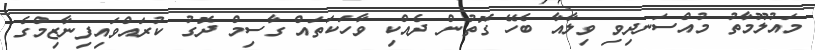
މައުލޫމާތު މުއްސަނދިވި ވިލާއާ ބެހޭ ގޮތުން ދެއްކި ވާހަކަތައް ގާސިމް ދޮގު ކުރައްވައިފިނާޒިމްގެ